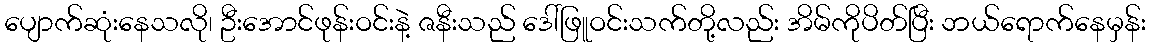
ပျောက်ဆုံးနေသလို၊ ဦးအောင်ဖုန်းဝင်းနဲ့ ဇနီးသည် ဒေါ်ဖြူဝင်းသက်တို့လည်း အိမ်ကိုပိတ်ပြီး ဘယ်ရောက်နေမှန်း